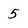
Character: 5